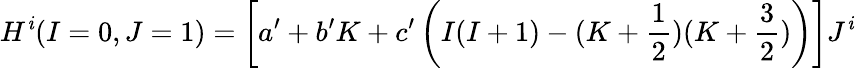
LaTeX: H^{\mathit{i}}(I=0,J=1)=\left[a^{\prime}+b^{\prime}K+c^{\prime}\left(I(I+1)-(K+\frac{{1}}{{2}})(K+\frac{{3}}{{2}})\right)\right]J^{\mathit{i}}